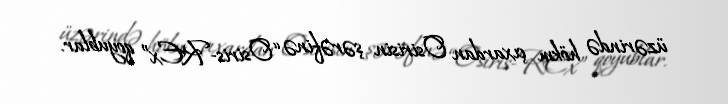
üzərində hökm çıxardan Osirisin şərəfinə “Osiris-REx” qoyublar.